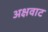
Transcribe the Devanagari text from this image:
अक्षवाट